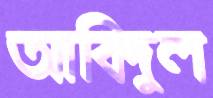
আবিদুল